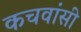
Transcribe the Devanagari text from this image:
कचवांसी